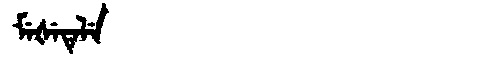
Manchu: ᠮᡝᡧᡝᡨᡝᠯᡝ
Romanization: MEŠETELE